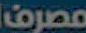
مصرف